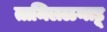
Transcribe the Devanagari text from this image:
तामिलळनाडू